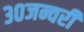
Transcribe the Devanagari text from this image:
३०जन्वरी